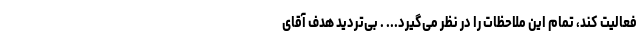
فعالیت کند، تمام این ملاحظات را در نظر می‌گیرد... . بی‌تردید هدف آقای